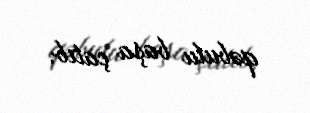
qəbulu başa çatıb.